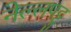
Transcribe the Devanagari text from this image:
नेल्‍लपट्टु